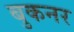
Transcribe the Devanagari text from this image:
बुकनर